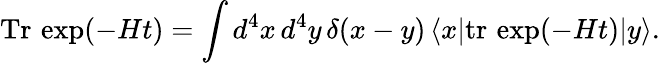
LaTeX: \mathrm{Tr}\, \exp(-Ht)=\int d^{4}x\, d^{4}y\, \delta(x-y)\, \langle x|\mathrm{tr}\, \exp(-Ht)|y\rangle.